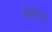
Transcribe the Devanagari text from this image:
झ्लॅाटी